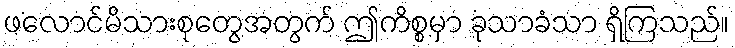
ဖလောင်မိသားစုတွေအတွက် ဤကိစ္စမှာ ခုသာခံသာ ရှိကြသည်။